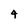
Character: 4